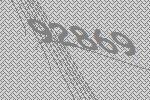
92869